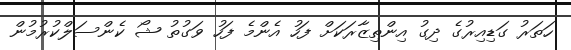
ހަތަރު ގަޑިއިރުގެ ދިގު އިންތިޒާރަކަށް ފަހު އެންމެ ފަހު ވަގުތު ޝޯ ކެންސަލްކުރުމުން